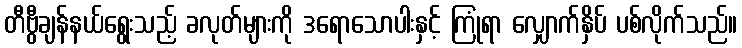
တီဗွီချန်နယ်ရွေးသည့် ခလုတ်များကို ဒရောသောပါးနှင့် ကြုံရာ လျှောက်နှိပ် ပစ်လိုက်သည်။